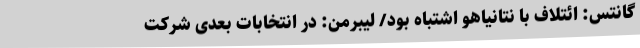
گانتس: ائتلاف با نتانیاهو اشتباه بود/ لیبرمن: در انتخابات بعدی شرکت